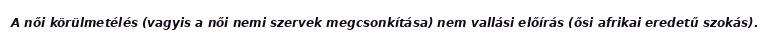
A női körülmetélés (vagyis a női nemi szervek megcsonkítása) nem vallási előírás (ősi afrikai eredetű szokás).